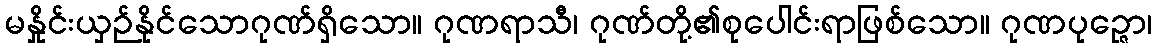
မနှိုင်းယှဉ်နိုင်သောဂုဏ်ရှိသော။ ဂုဏရာသီ၊ ဂုဏ်တို့၏စုပေါင်းရာဖြစ်သော။ ဂုဏပုဉ္ဇော၊